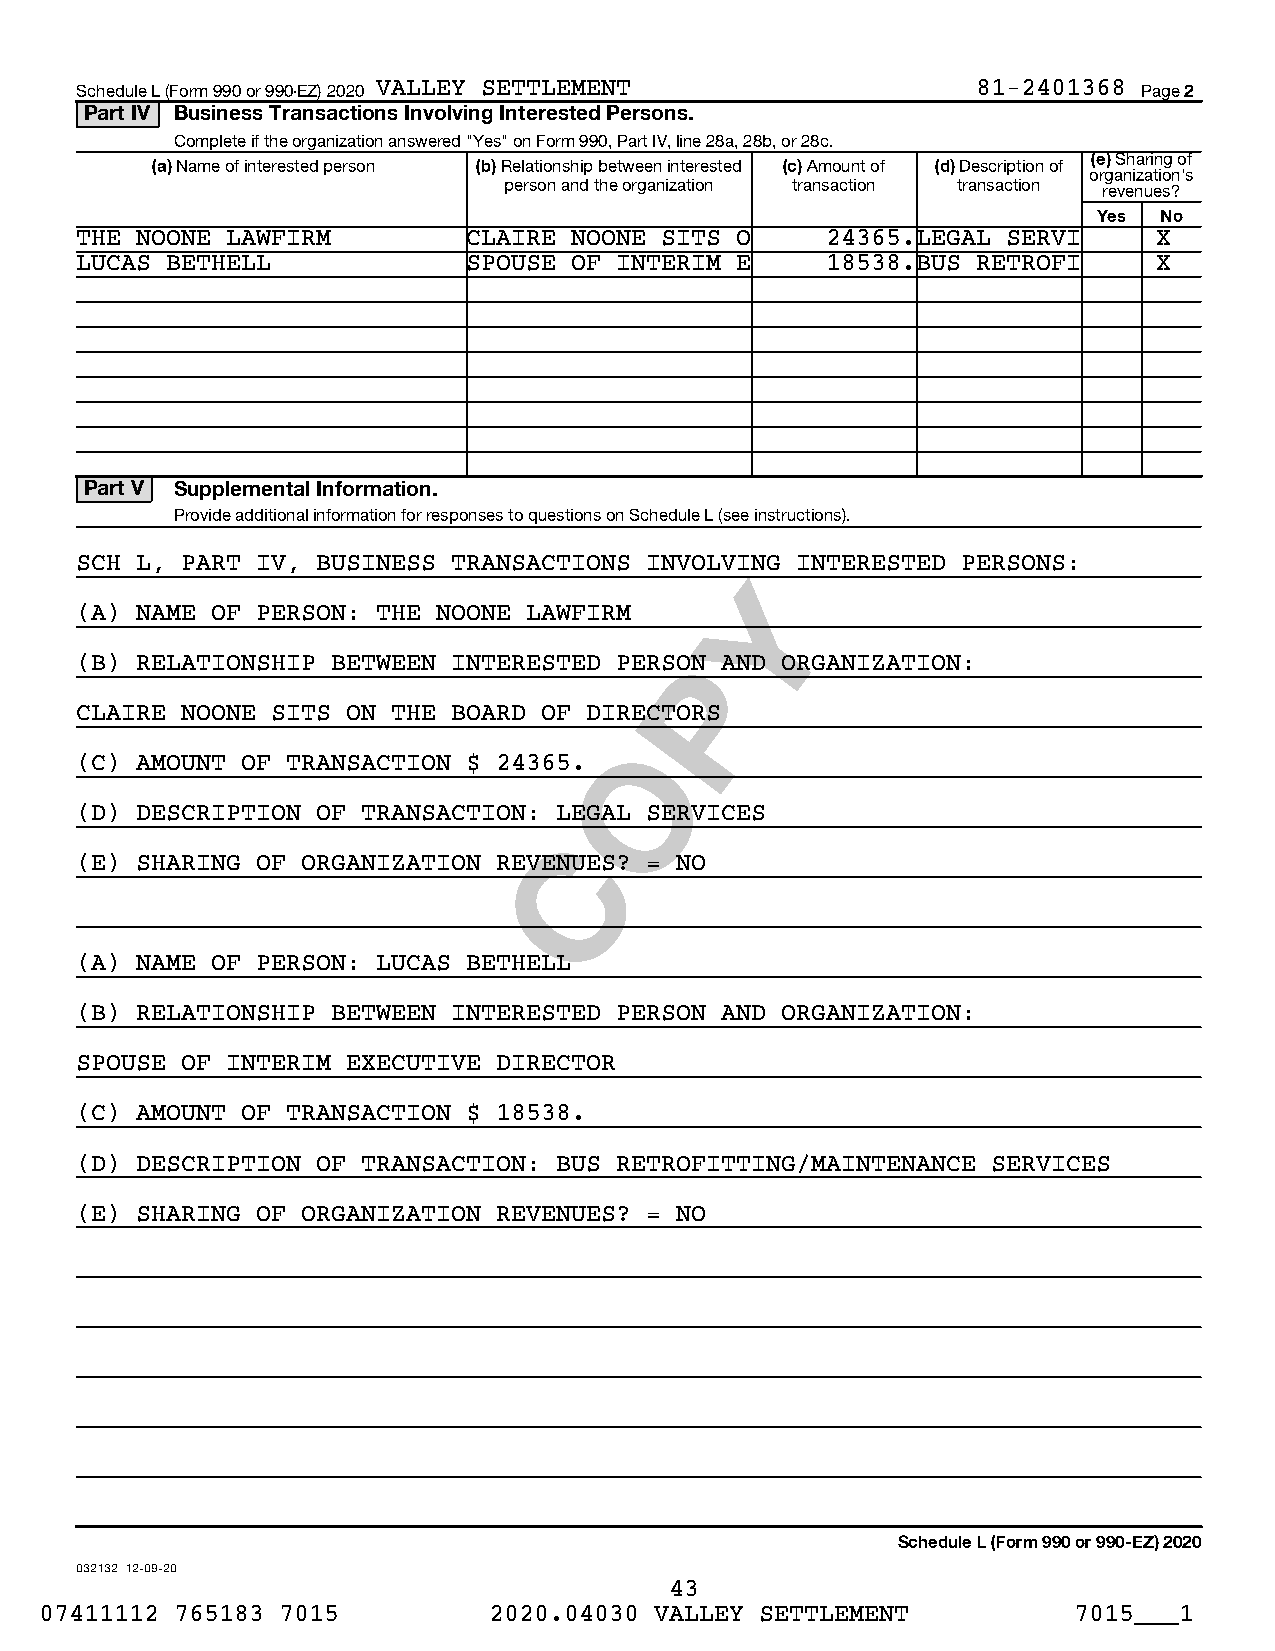
Schedule L (Form 990 or 990-EZ) 2020 VALLEY SETTLEMENT      81-2401368 Page 2
 Part IV Business Transactions Involving Interested Persons.
 Complete if the organization answered "Yes" on Form 990, Part IV, line 28a, 28b, or 28c.
 (e) Sharing of
 (a) Name of interested person (b) Relationship between interested (c) Amount of (d) Description of
 organization’s
 person and the organization transaction transaction revenues?
 Yes No
 THE NOONE LAWFIRM         CLAIRE NOONE SITS O     24365.LEGAL SERVI     X
 LUCAS BETHELL             SPOUSE OF INTERIM E     18538.BUS RETROFI     X
 Part V Supplemental Information.
 Provide additional information for responses to questions on Schedule L (see instructions).
 SCH L, PART IV, BUSINESS TRANSACTIONS INVOLVING INTERESTED PERSONS:
 Y
 (A) NAME OF PERSON: THE NOONE LAWFIRM
 (B) RELATIONSHIP BETWEEN INTERESTED PERSOPN AND ORGANIZATION:
 CLAIRE NOONE SITS ON THE BOARD OF DIRECTORS
 O
 (C) AMOUNT OF TRANSACTION $ 24365.
 (D) DESCRIPTION OF TRANSACTION: LEGAL SERVICES
 C
 (E) SHARING OF ORGANIZATION REVENUES? = NO
 (A) NAME OF PERSON: LUCAS BETHELL
 (B) RELATIONSHIP BETWEEN INTERESTED PERSON AND ORGANIZATION:
 SPOUSE OF INTERIM EXECUTIVE DIRECTOR
 (C) AMOUNT OF TRANSACTION $ 18538.
 (D) DESCRIPTION OF TRANSACTION: BUS RETROFITTING/MAINTENANCE SERVICES
 (E) SHARING OF ORGANIZATION REVENUES? = NO
 Schedule L (Form 990 or 990-EZ) 2020
 032132 12-09-20
 43
 07411112 765183 7015         2020.04030 VALLEY SETTLEMENT           7015___1